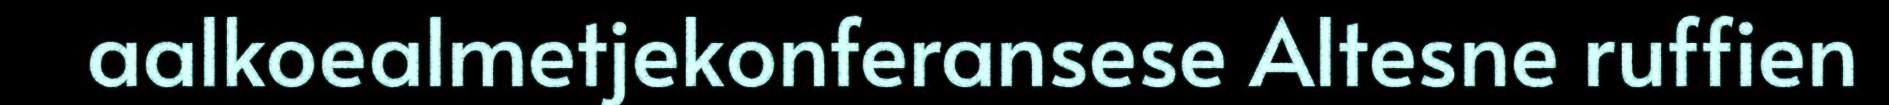
aalkoealmetjekonferansese Altesne ruffien